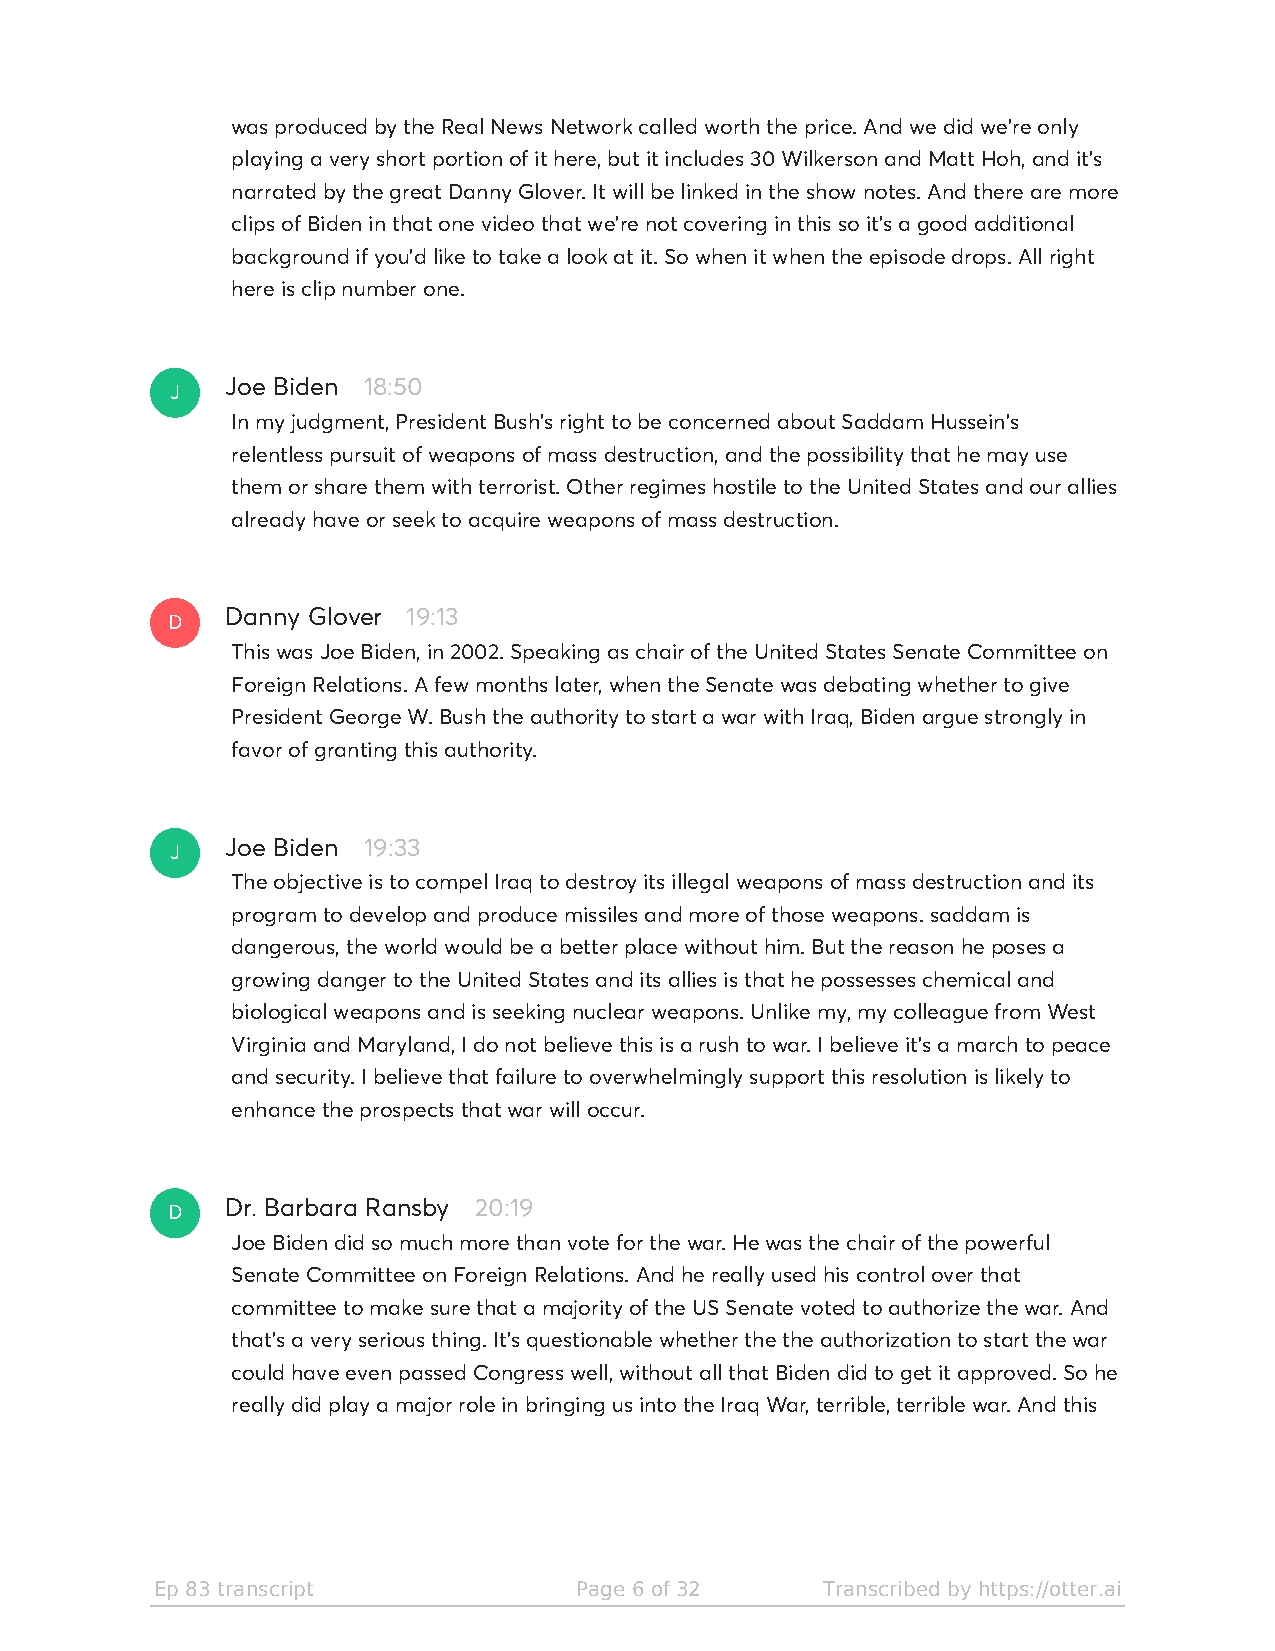
was produced by the Real News Network called worth the price. And we did we're only
 playing a very short portion of it here, but it includes 30 Wilkerson and Matt Hoh, and it's
 narrated by the great Danny Glover. It will be linked in the show notes. And there are more
 clips of Biden in that one video that we're not covering in this so it's a good additional
 background if you'd like to take a look at it. So when it when the episode drops. All right
 here is clip number one.
 J
 Joe Biden 18:50
 In my judgment, President Bush's right to be concerned about Saddam Hussein's
 relentless pursuit of weapons of mass destruction, and the possibility that he may use
 them or share them with terrorist. Other regimes hostile to the United States and our allies
 already have or seek to acquire weapons of mass destruction.
 D
 Danny Glover 19:13
 This was Joe Biden, in 2002. Speaking as chair of the United States Senate Committee on
 Foreign Relations. A few months later, when the Senate was debating whether to give
 President George W. Bush the authority to start a war with Iraq, Biden argue strongly in
 favor of granting this authority.
 J
 Joe Biden 19:33
 The objective is to compel Iraq to destroy its illegal weapons of mass destruction and its
 program to develop and produce missiles and more of those weapons. saddam is
 dangerous, the world would be a better place without him. But the reason he poses a
 growing danger to the United States and its allies is that he possesses chemical and
 biological weapons and is seeking nuclear weapons. Unlike my, my colleague from West
 Virginia and Maryland, I do not believe this is a rush to war. I believe it's a march to peace
 and security. I believe that failure to overwhelmingly support this resolution is likely to
 enhance the prospects that war will occur.
 D
 Dr. Barbara Ransby 20:19
 Joe Biden did so much more than vote for the war. He was the chair of the powerful
 Senate Committee on Foreign Relations. And he really used his control over that
 committee to make sure that a majority of the US Senate voted to authorize the war. And
 that's a very serious thing. It's questionable whether the the authorization to start the war
 could have even passed Congress well, without all that Biden did to get it approved. So he
 really did play a major role in bringing us into the Iraq War, terrible, terrible war. And this
 Ep 83 transcript            Page 6 of 32    Transcribed by https://otter.ai